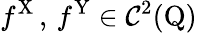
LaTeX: f^{\mathrm{X}}\, ,\, f^{\mathrm{Y}}\in\mathcal{C}^{2}(\mathrm{Q})